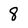
Character: 8